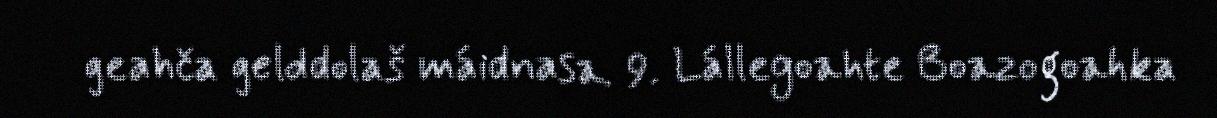
geahča gelddolaš máidnasa. 9. Lállegoahte Boazogoahka